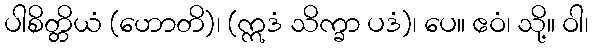
ပါစိတ္တိယံ (ဟောတိ)၊ (ဣဒံ သိက္ခာ ပဒံ)၊ ပေ။ ဧဝံ၊ သို့။ ဝါ၊